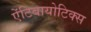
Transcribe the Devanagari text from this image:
ऐंटिबायोटिक्स